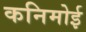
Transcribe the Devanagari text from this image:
कनिमोई